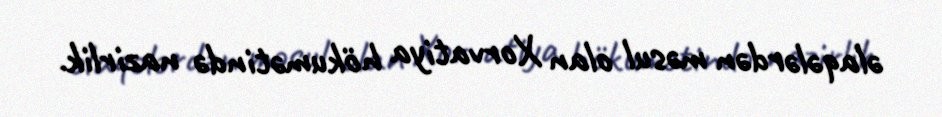
əlaqələrdən məsul olan Xorvatiya hökumətində nazirlik.